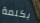
بكلمة